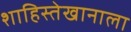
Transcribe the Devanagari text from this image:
शाहिस्तेखानाला